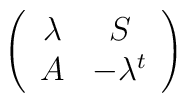
\left(\begin{array}{cc} \lambda & S \cr A & -\lambda^t \end{array}\right)